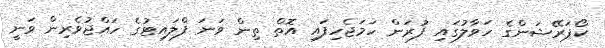
ކޯޕަރޭޝަންގެ ހަވާލުގައި ފުރަން ހަމަޖެހިފައި އޮތް ތިން ވަނަ ފްލައިޓުގެ ހައްޖުވެރިން ވަނީ